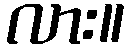
လား။